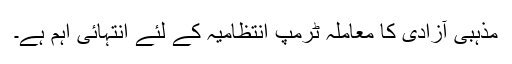
مذہبی آزادی کا معاملہ ٹرمپ انتظامیہ کے لئے انتہائی اہم ہے۔